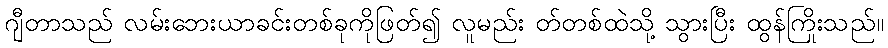
ဂျီတာသည် လမ်းဘေးယာခင်းတစ်ခုကိုဖြတ်၍ လူမည်း တ်တစ်ထဲသို့ သွားပြီး ထွန်ကြိုးသည်။